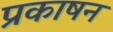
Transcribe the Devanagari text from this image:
प्रकाषन